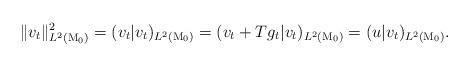
LaTeX: \begin{align*}\|v_t\|_{L^2(\mathrm{M}_0)}^2=(v_t|v_t)_{L^2(\mathrm{M}_0)}=(v_t+Tg_t|v_t)_{L^2(\mathrm{M}_0)}=(u|v_t)_{L^2(\mathrm{M}_0)}.\end{align*}